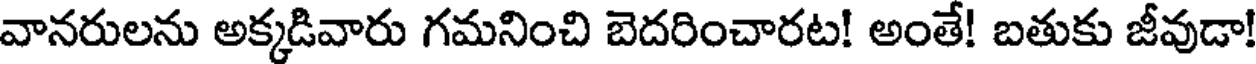
వానరులను అక్కడివారు గమనించి బెదరించారట! అంతే! బతుకు జీవుడా!